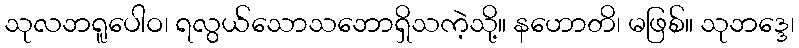
သုလဘရူပေါဝ၊ ရလွယ်သောသဘောရှိသကဲ့သို့။ နဟောတိ၊ မဖြစ်။ သုဘဒ္ဒေ၊